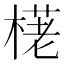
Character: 𣗩